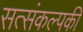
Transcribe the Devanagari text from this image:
सत्संकल्पकी